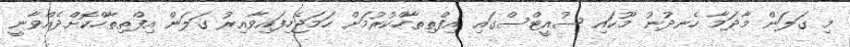
މި ގަލަން މާދަމާ ހެނދުނު މޫކައި ސުއީޓްސްގައި އިފްތިތާހްކުރުމަށް ހަމަޖެހިފައިވާއިރު ގަލަން އިފްތިތާހްކޮށްދެއްވާނީ